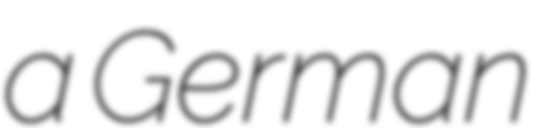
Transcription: a German